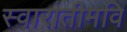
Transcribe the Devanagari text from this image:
स्वारातीमवि